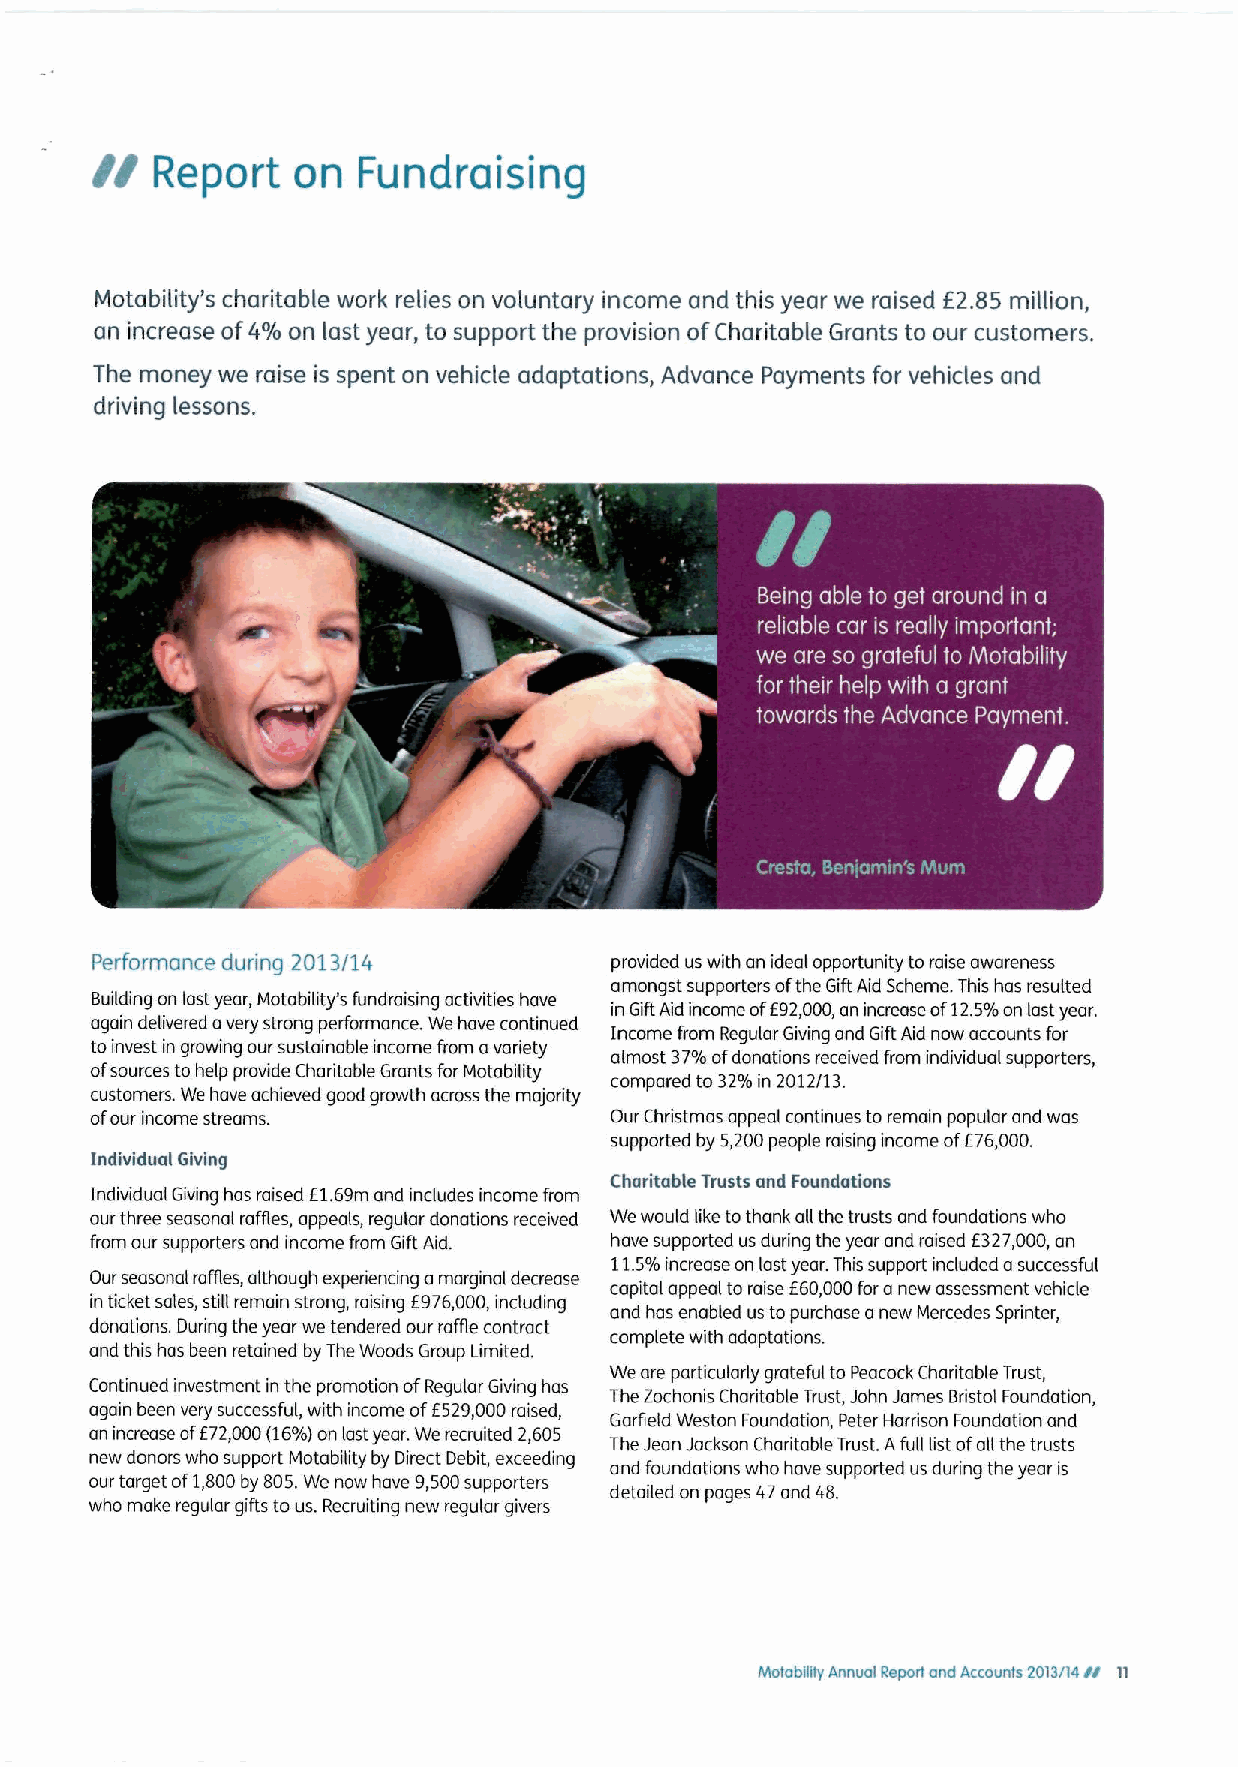
II
 Report   on   Fundraising
 Motability's charitable work relies on voluntary income and this year we raised E2.85 million,
 an increase of4%on last year, to support the provision ofCharitable Grants to our customers.
 The money we raise is spent on vehicle adaptations, Advance Payments for vehicles and
 driving lessons.
 Performance during 2013/14        provided us with an ideal opportunity to raise awareness
 amongst supporters ofthe Gift Aid Scheme. This has resulted
 Building on last year, Motability's fundraising activities have
 in GiftAid income of692000,an increase of12.5%on last year.
 again delivered avery strong performance. We have continued
 Income from Regular Giving and Gift Aid now accounts for
 toinvest in growing our sustainable income from avariety almost 37%ofdonations received from individual supporters,
 ofsources to help provide Charitable Grants for Motability
 compared to 32%in 2012/13.
 customers. We have achieved good growth across the majority
 ofour income streams.             Our Christmas appeal continues to remain popular and was
 supported by 5,200people raising income of676,000.
 Individual Giving
 Charitable Trusts and Foundations
 Individual Giving has raised
 f1.69m
 and includes income from
 our three seasonal raffles, appeals, regular donations received We would like tothank all the trusts and foundations who
 from our supporters and income from Gift Aid. have supported us during the year and raised 6327,000,an
 11.5%increase on last year. This support included asuccessful
 Our seasonal raffles, although experiencing amarginal decrease f
 capital appeal to raise 60,000foranew assessment vehicle
 in ticket sales, still remain strong, raising 6976,000,including
 and has enabled us topurchase anew Mercedes Sprinter,
 donations. During the year we tendered our raffle contract
 complete with adaptations.
 and this has been retained by The Woods Group Limited.
 We are particularly grateful to Peacock Chaditable Trust,
 Continued investment in the promotion ofRegular Giving has The Zochonis Charitable Trust, John James Bristol Foundation,
 again been very successful, with income ofE529,000raised,
 Garfield Weston Foundation, Peter Harrison Foundation and
 an increase of672,000(16%)on last year. Werecruited 2,605
 The Jean Jackson Charitable Trust. Afull list ofall the trusts
 new donors who support Motability by Direct Debit, exceeding
 and foundations who have supported us during the year is
 our target of1,800by 805.We now have 9,500supporters
 detailed on pages 47and 48.
 who make regular gifts tous. Recruiting new regular givers
 Il
 Matatntitr Annual Report and Accounts 2013114 11